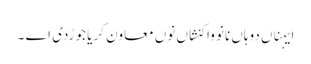
ایہناں دوہاں نانوَ واکنشاں نوں معاون کریا جوڑدی اے ۔